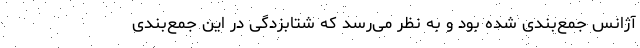
آژانس جمع‌بندی شده بود و به نظر می‌رسد که شتابزدگی در این جمع‌بندی